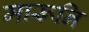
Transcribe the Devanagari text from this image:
मारूनि